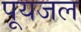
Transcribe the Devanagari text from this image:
पूयजल